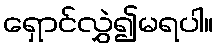
ရှောင်လွှဲ၍မရပါ။